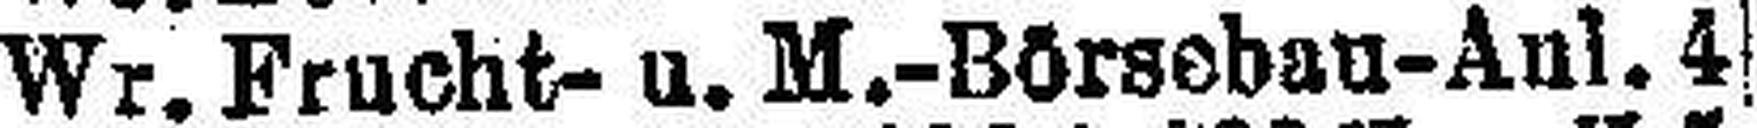
Wr. Frucht- u. M.-Börsebau-Anl. 4